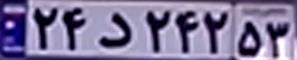
۲۴د۲۴۲۵۳